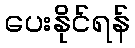
ပေးနိုင်ရန်